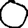
Digit: 0